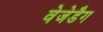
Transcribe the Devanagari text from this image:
वेजेडैग